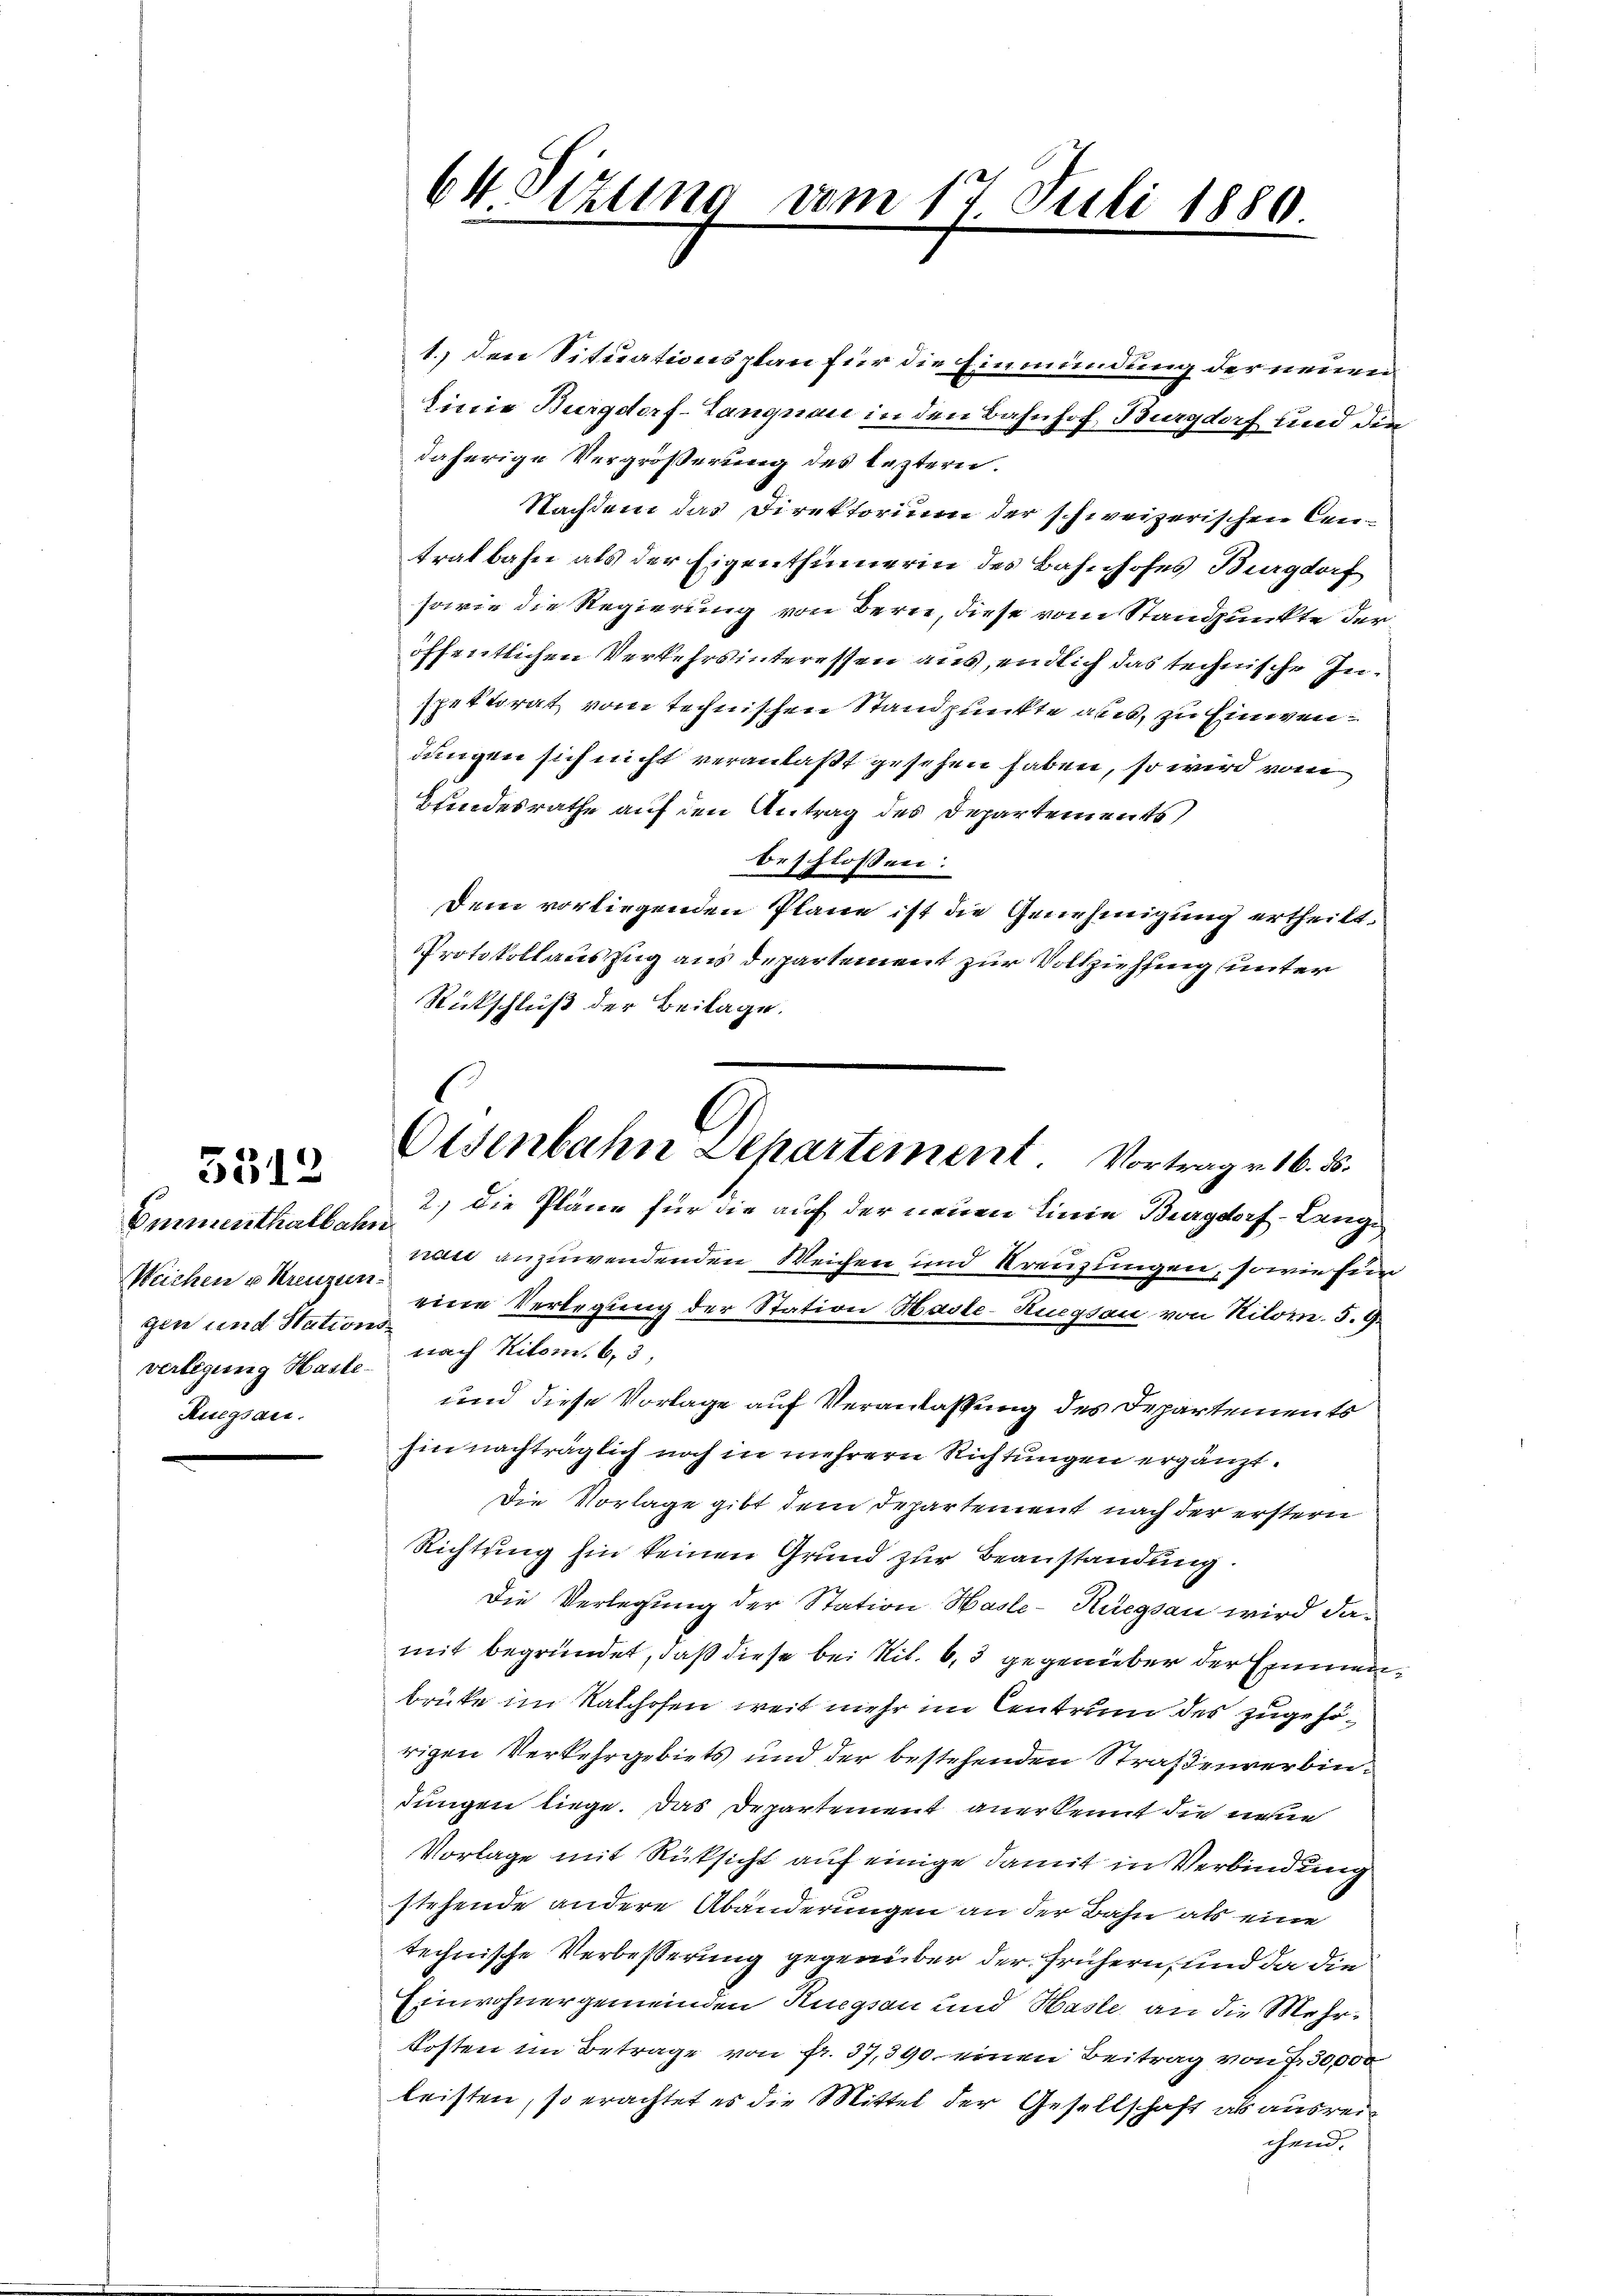
5312

Ommenthalbahn
Weichen u. Kreuzun
gen und Stations
verlegung Haste¬
Ruegsau.

64 Sizung vom 17. Juli 1880

Osenbahn Departement. Vortrag v. 16. 8.

1. Den Situationsplan für die Einmündung der neuen
Linie Burgdorf-Langnau in den Bahnhof Burgdorf und die
daherige Vergrößerung des leztern.
Nachdem das Direktorium der schweizerischen Centralbahn als der Eigenthümerin des Bahnhofes Burgdorf
sowie die Regierung von Bern, diese vom Standpunkte der
öffentlichen Verkehrsinteressen aus, endlich das technische Inspektorat vom technischen Standpunkte aus, zu Einwendungen sich nicht veranlaßt gesehen haben, so wird vom
Bundesrathe auf den Antrag des Departements
beschlossen:
Dem vorliegenden Pläne ist die Genehmigung ertheilt.
Protokollauszug aus departement zur Vollziehung unter
Rückschluß der Beilage.
2.) Die Pläne für die auf der neuen Linie Burgdorf-Lange
nau anzuwendenden Weichen und Kreuzungen, sowie für
eine Verlegung der Station Hasle-Kuegsau von Kilor. S. 9
nach Hilom. 6, 3
und diese Vorlage auf Veranlassung des Departements
hin nachträglich noch in mehrern Richtungen ergänzt.
Die Vorlage gibt dem Departement nach der erstern
Richtung hin keinen Grund zur Beanstandung.
Die Verlegung der Station Hasle-Küegsau wird damit begründet, daß diese bei Nit. 6, 3 gegenüber der Emmenbrüke im Kalchofen, weit mehr im Centrum des zugehörigen Verkehrgebiets und der bestehenden Straßenverbindungen liege. Das Departement anerkennt die nehme
Vorlage mit Rücksicht auf einige damit in Verbindung
stehende andere Abänderungen an der Bahn als eine
technische Verbesserung gegenüber der frühern, und da die
Einwohnergemeinden Ruegsau und Hasle, an die Mehrkosten im Betrage von fr. 37,390. einen Beitrag von f. 30000
leisten, so erachtet es die Mittel der Gesellschaft ab ausrei
chend.